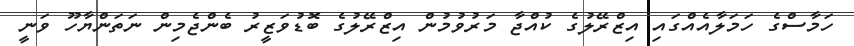
ހަމާސްގެ ހަމަލާއެއްގައި އިޒްރޭލުގެ ކުއްޖާ މަރުވުމުން އިޒްރޭލުގެ ބޮޑުވަޒީރު ބެންޖެމިން ނަތަންޔާހޫ ވަނީ